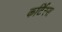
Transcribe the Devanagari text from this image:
कर्टिस्स